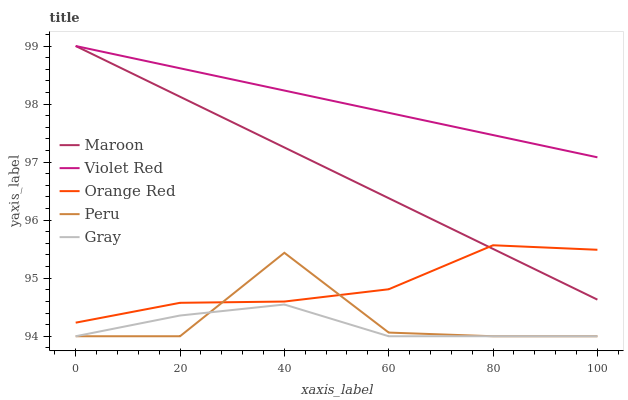
| xaxis_label | Maroon | Violet Red | Orange Red | Peru | Gray |
 | --- | --- | --- | --- | --- | --- |
 | 0 | 99 | 99 | 94.2 | 94 | 94 |
 | 20 | 98.1 | 98.6 | 94.6 | 94 | 94.4 |
 | 40 | 97.3 | 98.2 | 94.6 | 95.4 | 94.5 |
 | 60 | 96.4 | 97.8 | 94.8 | 94.1 | 94 |
 | 80 | 95.5 | 97.5 | 95.6 | 94 | 94 |
 | 100 | 94.6 | 97.1 | 95.5 | 94 | 94 |